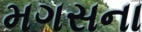
મગસના